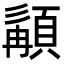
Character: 𩓿